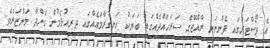
އެ ޕޯސްޓަރުގައި ފެންނަނީ ރާއްޖޭގެ ސަރަހައްދެއްގައި ބަޔަކު ހަނގުރާމައެއްގައި ދިރިއުޅެމުން ގެންދާ މަންޒަރެވެ.